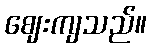
ဈေးကျသည်။